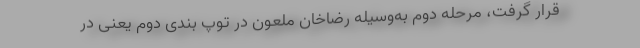
قرار گرفت، مرحله دوم به‌وسیله رضاخان ملعون در توپ بندی دوم یعنی در